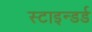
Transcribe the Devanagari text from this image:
स्टाइन्डर्ड